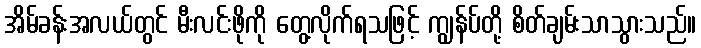
အိမ်ခန်းအလယ်တွင် မီးလင်းဖိုကို တွေ့လိုက်ရသဖြင့် ကျွန်ပ်တို့ စိတ်ချမ်းသာသွားသည်။